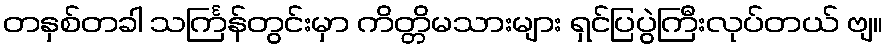
တနှစ်တခါ သင်္ကြန်တွင်းမှာ ကိတ္တိမသားများ ရှင်ပြပွဲကြီးလုပ်တယ် ဗျ။